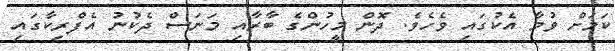
ކަމަށް ވުމާ އެކުގައި ވެހެވެ. ދޮން މީހުންގެ ބާރާއި މަނަސް ދެކުނު އެފްރިކާގައި